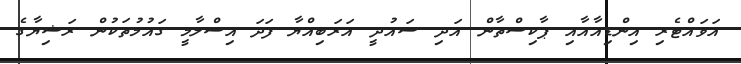
އަވައްޓެރި އިންޑިއާއާއި ޕާކިސްތާން އަދި ސައުދީ އަރަބިއްޔާ ފަދަ އިސްލާމީ ގައުމުތަކުން ރަޝިޔާގެ